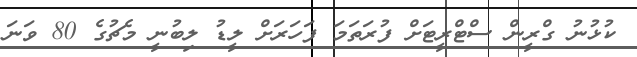
ކުޅުނު ގްރީން ސްޓްރީޓަށް ފުރަތަމަ ފަހަރަށް ލީޑު ލިބުނީ މެޗުގެ 80 ވަނަ